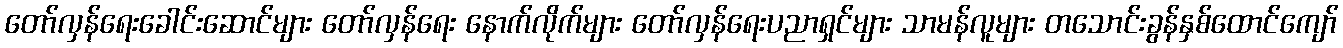
တော်လှန်ရေးခေါင်းဆောင်များ တော်လှန်ရေး နောက်လိုက်များ တော်လှန်ရေးပညာရှင်များ သာမန်လူများ တသောင်းခွန်နှစ်ထောင်ကျော်